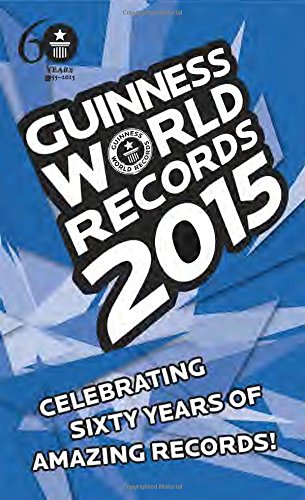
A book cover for Guinness World Records 2015; Humor & Entertainment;